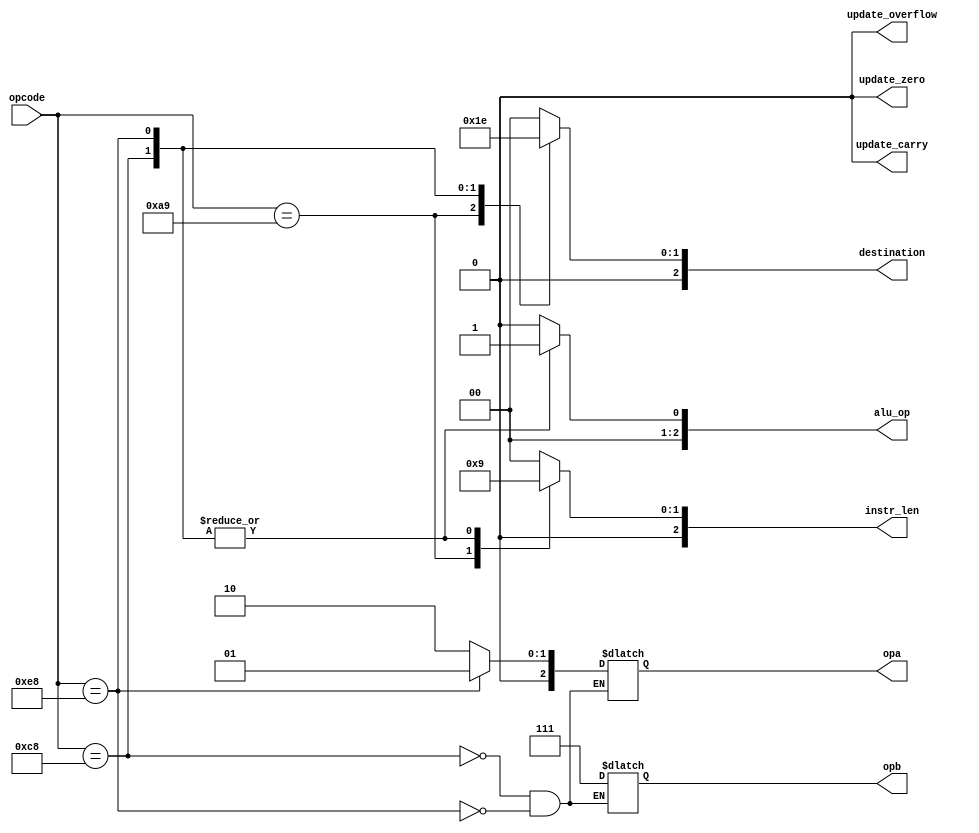
//======================================================================
//
// m6502_decoder.v
// ---------------
// Instruction decode logic for the MOS 6502 compatible CPU core.
// Note: This is not going to be a cycle accurate model.
//
//
// Copyright (c) 2016, Secworks Sweden AB
// All rights reserved.
//
// Redistribution and use in source and binary forms, with or
// without modification, are permitted provided that the following
// conditions are met:
//
// 1. Redistributions of source code must retain the above copyright
//    notice, this list of conditions and the following disclaimer.
//
// 2. Redistributions in binary form must reproduce the above copyright
//    notice, this list of conditions and the following disclaimer in
//    the documentation and/or other materials provided with the
//    distribution.
//
// THIS SOFTWARE IS PROVIDED BY THE COPYRIGHT HOLDERS AND CONTRIBUTORS
// "AS IS" AND ANY EXPRESS OR IMPLIED WARRANTIES, INCLUDING, BUT NOT
// LIMITED TO, THE IMPLIED WARRANTIES OF MERCHANTABILITY AND FITNESS
// FOR A PARTICULAR PURPOSE ARE DISCLAIMED. IN NO EVENT SHALL THE
// COPYRIGHT OWNER OR CONTRIBUTORS BE LIABLE FOR ANY DIRECT, INDIRECT,
// INCIDENTAL, SPECIAL, EXEMPLARY, OR CONSEQUENTIAL DAMAGES (INCLUDING,
// BUT NOT LIMITED TO, PROCUREMENT OF SUBSTITUTE GOODS OR SERVICES;
// LOSS OF USE, DATA, OR PROFITS; OR BUSINESS INTERRUPTION) HOWEVER
// CAUSED AND ON ANY THEORY OF LIABILITY, WHETHER IN CONTRACT,
// STRICT LIABILITY, OR TORT (INCLUDING NEGLIGENCE OR OTHERWISE)
// ARISING IN ANY WAY OUT OF THE USE OF THIS SOFTWARE, EVEN IF
// ADVISED OF THE POSSIBILITY OF SUCH DAMAGE.
//
//======================================================================

module m6502_decoder(
                     input wire [7 : 0]  opcode,

                     output wire [2 : 0] instr_len,
                     output wire [2 : 0] opa,
                     output wire [2 : 0] opb,
                     output wire [2 : 0] alu_op,
                     output wire [2 : 0] destination,
                     output wire         update_carry,
                     output wire         update_zero,
                     output wire         update_overflow
                    );


  //----------------------------------------------------------------
  // Internal constant and parameter definitions.
  //----------------------------------------------------------------
  // M6502 Opcodes:
  localparam OP_BRK     = 8'h00;
  localparam OP_CLC     = 8'h18;
  localparam OP_SEC     = 8'h38;
  localparam OP_JMP     = 8'h4c;
  localparam OP_CLI     = 8'h58;
  localparam OP_RTS     = 8'h60;
  localparam OP_SEI     = 8'h78;
  localparam OP_TXA     = 8'h8a;
  localparam OP_LDA_IMM = 8'ha9;
  localparam OP_TAX     = 8'haa;
  localparam OP_INY     = 8'hc8;
  localparam OP_DEX     = 8'hca;
  localparam OP_INX     = 8'he8;
  localparam OP_NOP     = 8'hea;

  // Symbolic names for ALU operands.
  localparam OP_AREG  = 3'h0;
  localparam OP_XREG  = 3'h1;
  localparam OP_YREG  = 3'h2;
  localparam OP_ONE   = 3'h7;

  // Symbolic names for ALU operations.
  localparam ALU_NONE = 3'h0;
  localparam ALU_ADC  = 3'h1;

  // Symbolic names for destination codes.
  localparam DEST_MEM  = 3'h0;
  localparam DEST_AREG = 3'h1;
  localparam DEST_XREG = 3'h2;
  localparam DEST_YREG = 3'h3;


  //----------------------------------------------------------------
  // Registers including update variables and write enable.
  //----------------------------------------------------------------


  //----------------------------------------------------------------
  // Wires.
  //----------------------------------------------------------------
  reg [2 : 0] ilen;
  reg [2 : 0] dest;
  reg [2 : 0] alu;
  reg [2 : 0] a;
  reg [2 : 0] b;
  reg         carry;
  reg         zero;
  reg         overflow;


  //----------------------------------------------------------------
  // Concurrent connectivity for ports etc.
  //----------------------------------------------------------------
  assign instr_len       = ilen;
  assign destination     = dest;
  assign alu_op          = alu;
  assign opa             = a;
  assign opb             = b;
  assign update_carry    = carry;
  assign update_zero     = zero;
  assign update_overflow = overflow;


  //----------------------------------------------------------------
  // decoder
  // Instruction decoder. Based on the opcode provides info about
  // the operation to perform
  //----------------------------------------------------------------
  always @*
    begin : decoder
      ilen     = 3'h0;
      dest     = DEST_MEM;
      alu      = ALU_NONE;
      carry    = 0;
      zero     = 0;
      overflow = 0;


      case (opcode)
        OP_LDA_IMM:
          begin
            ilen = 3'h2;
            dest = DEST_AREG;
            alu  = ALU_NONE;
          end

        OP_INY:
          begin
            ilen = 3'h1;
            a    = OP_YREG;
            b    = OP_ONE;
            alu  = ALU_ADC;
            dest = DEST_YREG;
          end

        OP_INX:
          begin
            ilen = 3'h1;
            a    = OP_XREG;
            b    = OP_ONE;
            alu  = ALU_ADC;
            dest = DEST_XREG;
          end

        default:
          begin
          end
      endcase // case (opcode)
    end // decoder

endmodule // 6502_decoder

//======================================================================
// EOF m6502_decoder.v
//======================================================================